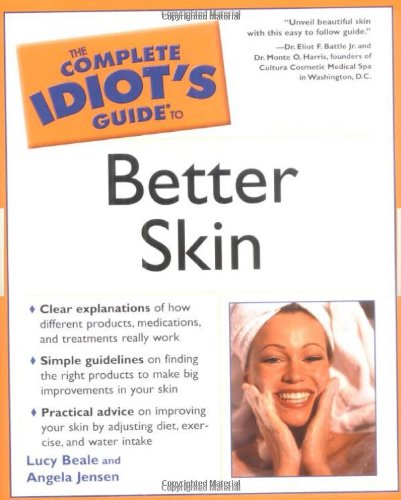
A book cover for The Complete Idiot's Guide to Better Skin; Lucy Beale; Health, Fitness & Dieting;